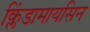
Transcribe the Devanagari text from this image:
क्लिंडामायसिन